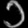
Digit: ၁